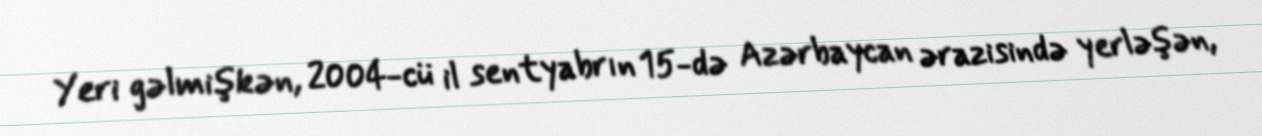
Yeri gəlmişkən, 2004-cü il sentyabrın 15-də Azərbaycan ərazisində yerləşən,